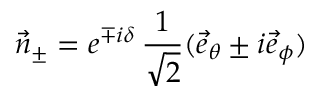
\vec { n } _ { \pm } = e ^ { \mp i \delta } \, \frac { 1 } { \sqrt { 2 } } ( \vec { e } _ { \theta } \pm i \vec { e } _ { \phi } )